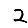
Digit: 2